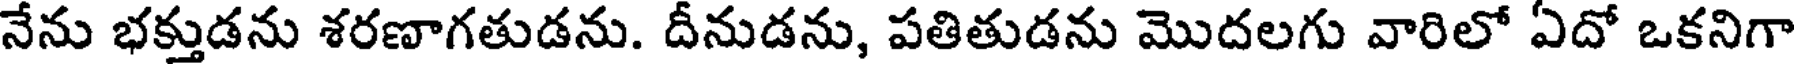
నేను భక్తుడను శరణాగతుడను. దీనుడను, పతితుడను మొదలగు వారిలో ఏదో ఒకనిగా